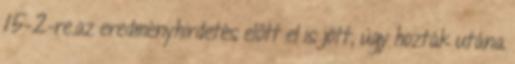
15-2-re.az eredményhirdetés előtt el is jött, úgy hozták utána